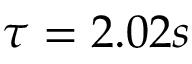
\tau = 2 . 0 2 s